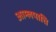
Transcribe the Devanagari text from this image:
आम्लपात्ति